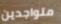
متواجدين